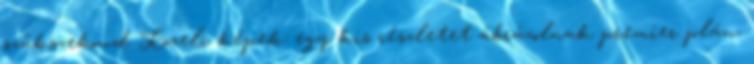
szűkszekond Közeli képek: egy kis részletet ábrázolnak premier plán,